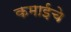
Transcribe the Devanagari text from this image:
कमाईचे